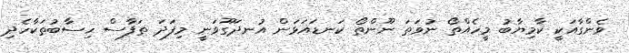
ވެންގާއަކީ ކާމިޔާބު މީހެއްތޯ ނުވަތަ ނޫންތޯ ކަނޑައަޅަން އުނދަގޫވަނީ މިފަދަ ތަފާސް ހިސާބުތަކާހެދި